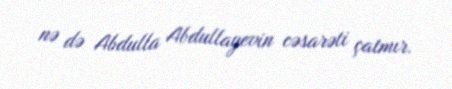
nə də Abdulla Abdullayevin cəsarəti çatmır.